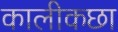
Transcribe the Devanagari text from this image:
कालीकछा